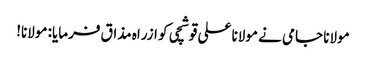
مولانا جامی نے مولانا علی قوشچی کو ازراہ مذاق فرمایا: مولانا!